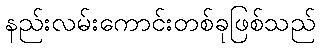
နည်းလမ်းကောင်းတစ်ခုဖြစ်သည်